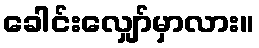
ခေါင်းလျှော်မှာလား။